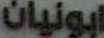
ابونيان